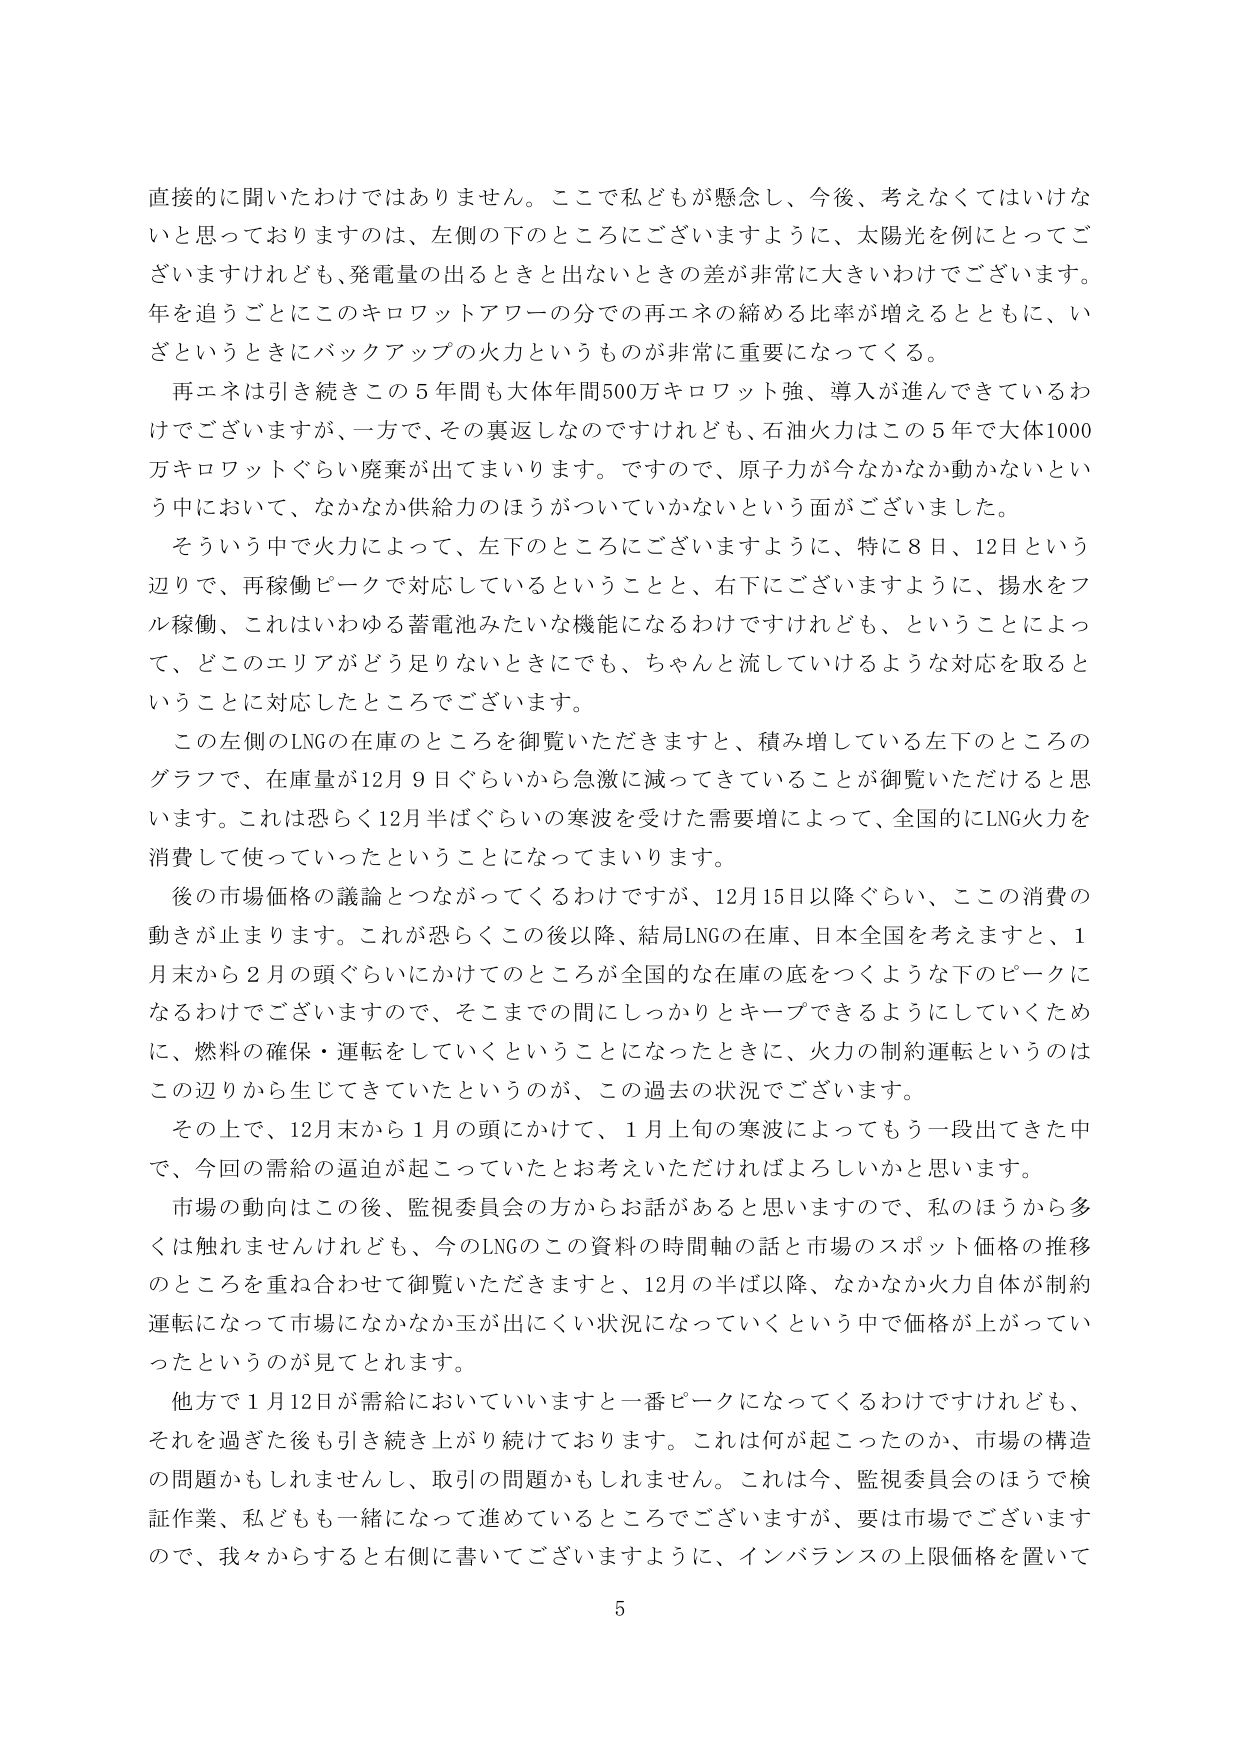
直接的に聞いたわけではありません。ここで私どもが懸念し、今後、考えなくてはいけないと思っておりますのは、左側の下のところにございますように、太陽光を例にとってございますけれども、発電量の出るときと出ないときの差が非常に大きいわけでございます。年を追うごとにこのキロワットアワーの分での再エネの締める比率が増えるとともに、いざというときにバックアップの火力というものが非常に重要になってくる。

再エネは引き続きこの５年間も大体年間500万キロワット強、導入が進んできているわけでございますが、一方で、その裏返しなのですけれども、石油火力はこの５年で大体1000万キロワットぐらい廃棄が出てまいります。ですので、原子力が今なかなか動かないという中において、なかなか供給力のほうがついていかないという面がございました。

そういう中で火力によって、左下のところにございますように、特に８日、12日という辺りで、再稼働ピークで対応しているということと、右下にございますように、揚水をフル稼働、これはいわゆる蓄電池みたいな機能になるわけですけれども、ということによって、どこのエリアがどう足りないときにも、ちゃんと流していけるような対応を取るということに対応したところでございます。

この左側のLNGの在庫のところを御覧いただきますと、積み増している左下のところのグラフで、在庫量が12月９日ぐらいから急激に減ってきていることが御覧いただけると思います。これは恐らく12月半ばぐらいの寒波を受けた需要増によって、全国的にLNG火力を消費して使っていたということになってまいります。

後の市場価格の議論とつながってくるわけですが、12月15日以降ぐらい、ここの消費の動きが止まります。これが恐らくこの後以降、結局LNGの在庫、日本全国を考えますと、１月末から２月の頭ぐらいにかけてのところが全国的な在庫の底をつくような下のピークになるわけでございますので、そこまでの間にしっかりとキープできるようにしていくために、燃料の確保・運転をしていくということになったときに、火力の制約運転というのはこの辺りから生じてきていたというのが、この過去の状況でございます。

その上で、12月末から１月の頭にかけて、１月上旬の寒波によってもう一段出てきた中で、今回の需給の逼迫が起こっていたとお考えいただければよろしいかと思います。

市場の動向はこの後、監視委員会の方からお話があると思いますので、私のほうから多くは触れませんけれども、今のLNGのこの資料の時間軸の話と市場のスポット価格の推移のところを重ね合わせて御覧いただきますと、12月の半ば以降、なかなか火力自体が制約運転になって市場になかなか玉が出にくい状況になっていくという中で価格が上がっていたというのが見てとれます。

他方で１月12日が需給においていいますと一番ピークになってくるわけですけれども、それを過ぎた後も引き続き上がり続けております。これは何が起こったのか、市場の構造の問題かもしれませんし、取引の問題かもしれません。これは今、監視委員会のほうで検証作業、私どもも一緒になって進めているところでございますが、要は市場でございますので、我々からすると右側に書いてございますように、インバランスの上限価格を置いて

5